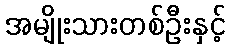
အမျိုးသားတစ်ဦးနှင့်